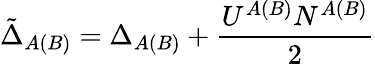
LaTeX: \tilde{\Delta}_{A(B)}=\Delta_{A(B)}+\frac{U^{A(B)}N^{A(B)}}{2}